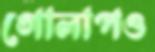
গোলাপও